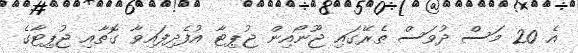
އެ 20 މަސް ދުވަސް ތެރޭގައި ޖޫނޯއިން ޖުޕިޓާ އުފެދިފައިވާ ގޮތާއި ޖުޕިޓާގެ